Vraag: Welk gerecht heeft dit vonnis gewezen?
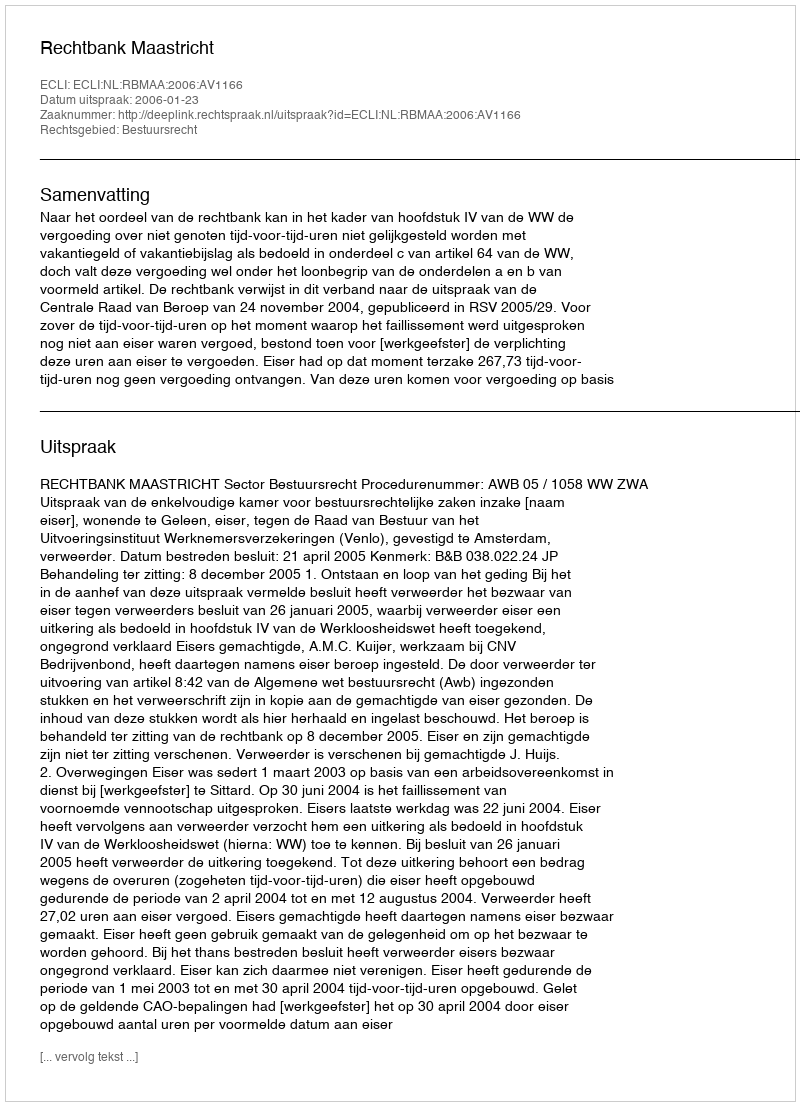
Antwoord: Rechtbank Maastricht